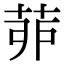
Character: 𦯆